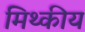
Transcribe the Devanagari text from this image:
मिथ्कीय